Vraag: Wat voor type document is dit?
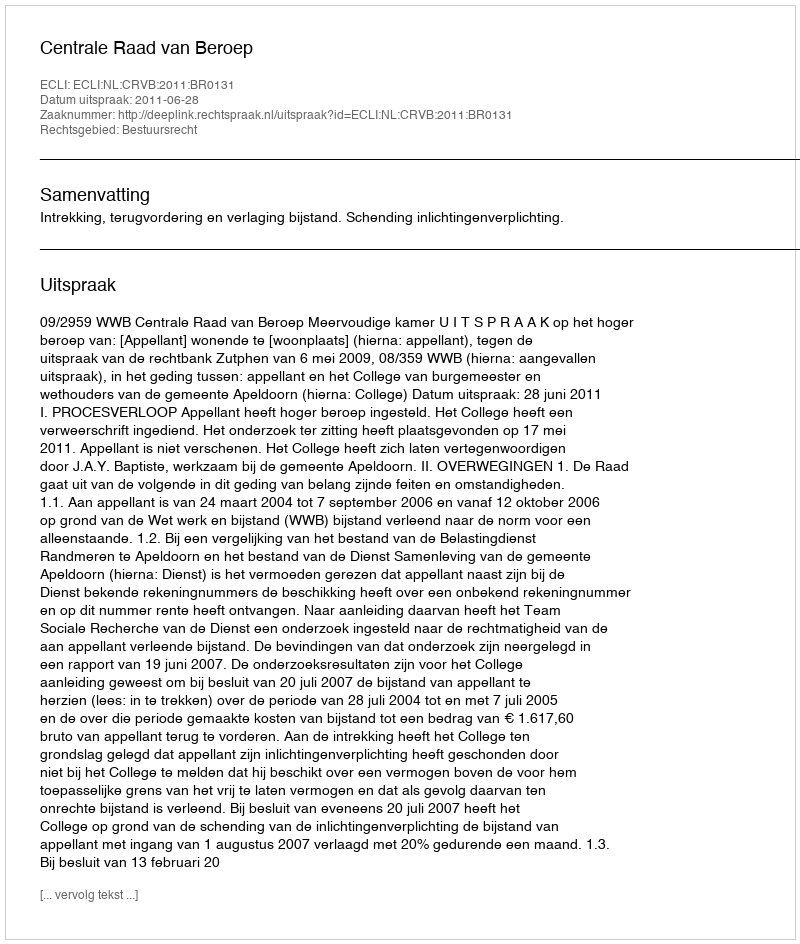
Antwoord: Uitspraak